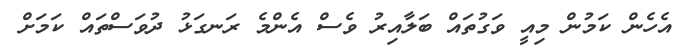
އެހެން ކަމުން މިއީ ވަގުތައް ބަލާއިރު ވެސް އެންމެ ރަނގަޅު ދުވަސްތައް ކަމަށް